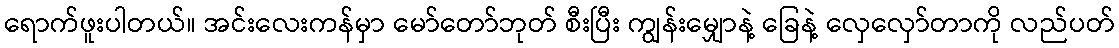
ရောက်ဖူးပါတယ်။ အင်းလေးကန်မှာ မော်တော်ဘုတ် စီးပြီး ကျွန်းမျှောနဲ့ ခြေနဲ့ လှေလှော်တာကို လည်ပတ်